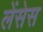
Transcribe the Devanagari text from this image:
लेंसेस